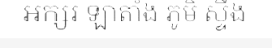
អក្សរ ឡាតាំង ភូមិ ស្ទឹង